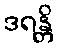
ဒရန္တိ